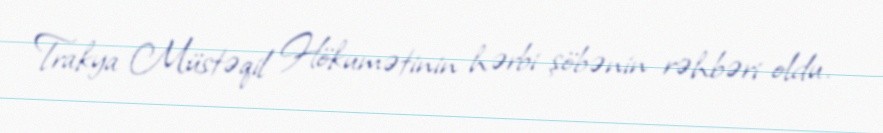
Trakya Müstəqil Hökumətinin hərbi şöbənin rəhbəri oldu.